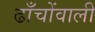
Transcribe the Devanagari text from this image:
ढाँचोंवाली